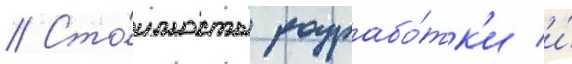
// Сто́имость разрабо́тк'и и́